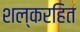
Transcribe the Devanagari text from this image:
शल्करहित